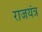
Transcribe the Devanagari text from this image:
राजयंत्र